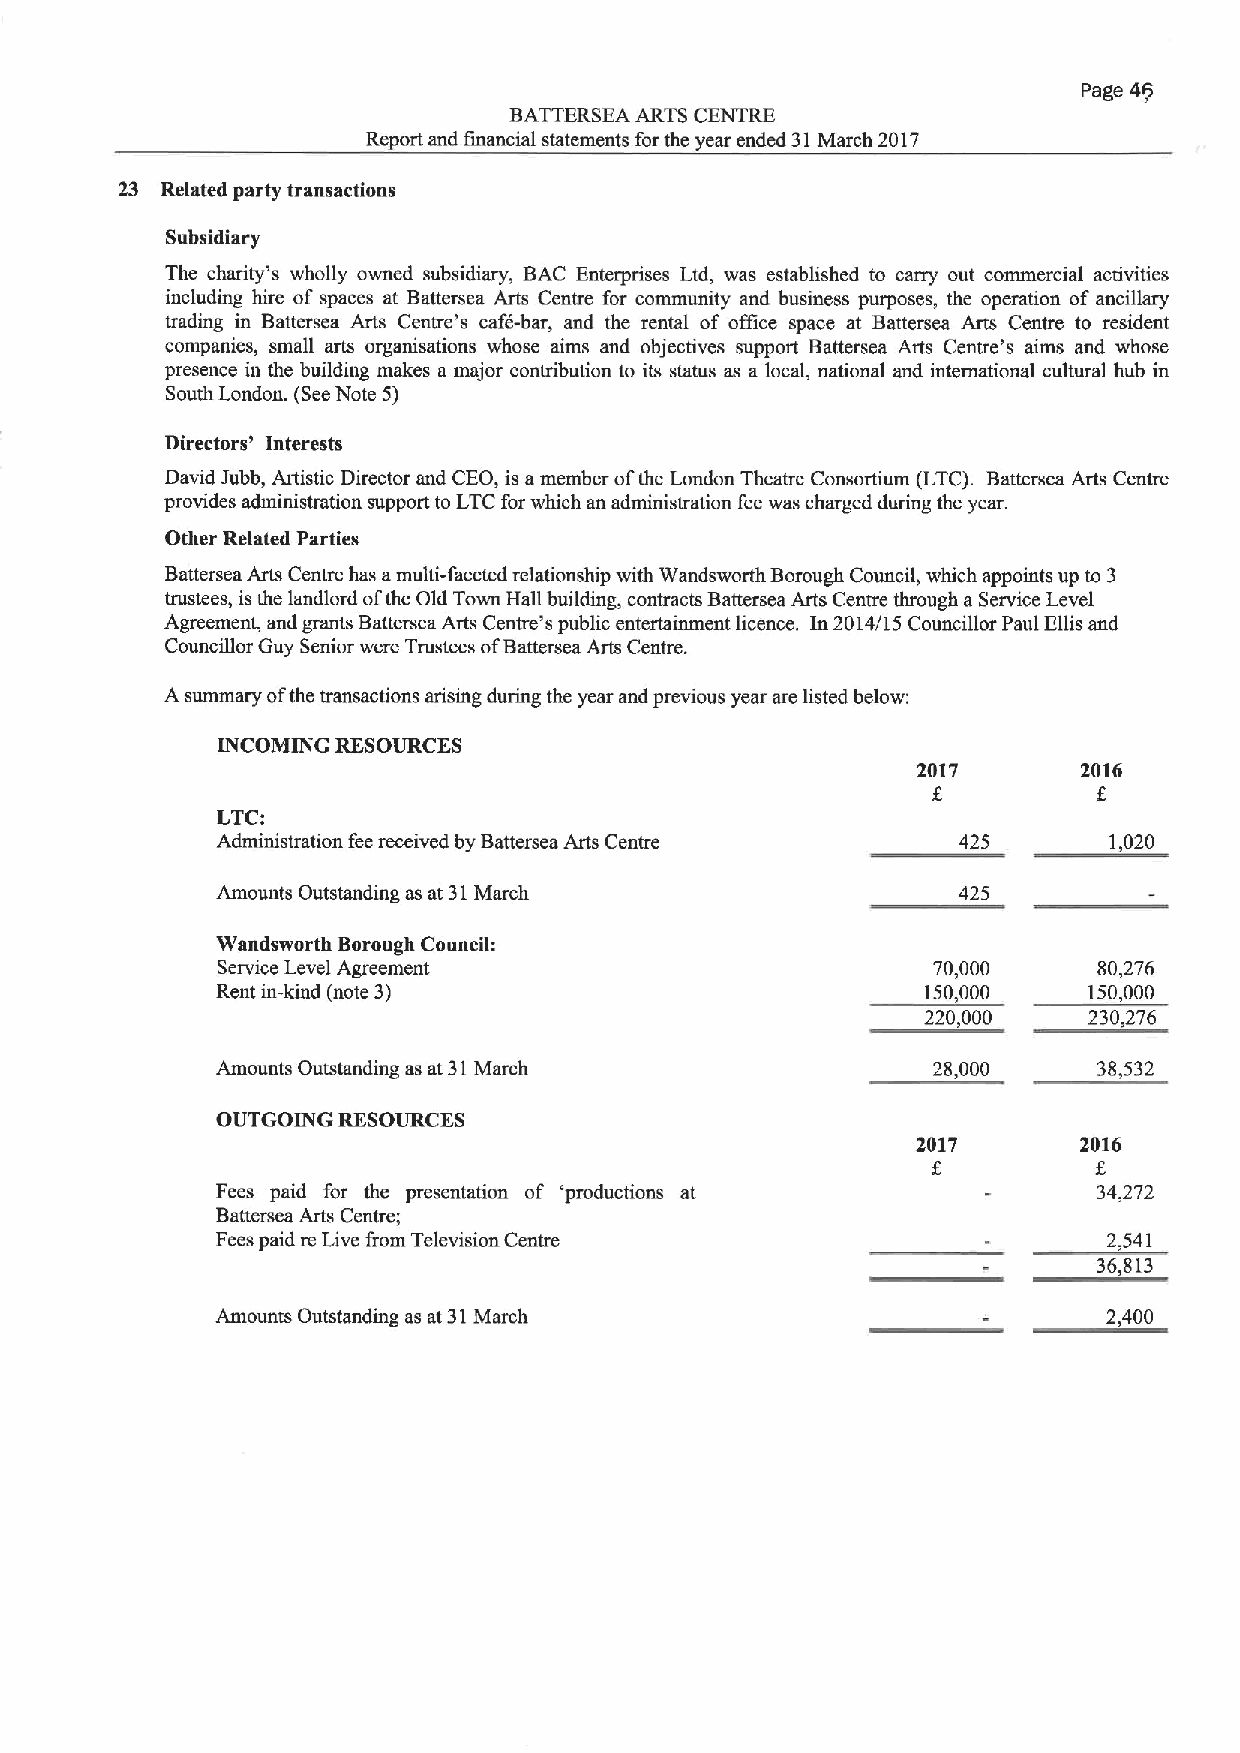
Page 4'
 BATTERSEA ARTS CENTRE
 Report and financial statements forthe year ended 31March 2017
 23 Related party transactions
 Subsidiary
 The charity's wholly owned subsidiary, BAC Enterprises Ltd, was established to carry out commercial activities
 including hire of spaces at Battersea Arts Centre for community and business purposes, the operation of ancillary
 trading in Battersea Arts Centre's caf&bar, and the rental of office space at Battersea Arts Centre to resident
 companies, small arts organisations whose aims and objectives support Battersea Arts Centre's aims and whose
 presence in the building makes a major contribufion to its status as a local, national and international cultural hub in
 South London. (SeeNote 5)
 Directors' Interests
 David Jubb, Artistic Director and CEO, is amember ofthe London Theatre Consortium (LTC). Battersea Arts Centre
 provides administration support to LTCfor which an administration fee was charged during the year.
 Other Related Parties
 Battersea Arts Centre has amulti-faceted relationship with Wandsworth Borough Council, which appoints up to 3
 trustees, is the landlord ofthe Old Town Hall building, contracts Battersea Arts Centre through aService Level
 Agreement, and grants Battersea Arts Centre's public entertainment licence. In 2014/15 Councillor Paul Ellis and
 Councillor Guy Senior were Trustees ofBattersea Arts Centre.
 Asummary ofthe transactions arising during the year and previous year are listed below:
 INCOMING RESOURCES
 2017       2016
 8
 LTC:
 Administration feereceived by Battersea Arts Centre 425    1,020
 Amounts Outstanding as at 31March                425
 Wandsworth Borough Council:
 Service Level Agreement                         70,000     80,276
 Rent in-kind (note 3)                          150,000    150,000
 220,000    230,276
 Amounts Outstanding as at 31March               28,000     38,532
 OUTGOING RESOURCES
 2017       2016
 Fees paid for the presentation of *productions at          34,272
 Battersea Arts Centre;
 Fees paid re Live from Television Centre                   2,541
 36,813
 Amounts Outstanding as at 31March                          2,400